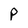
Character: P